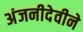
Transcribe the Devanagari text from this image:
अंजनीदेवीने